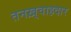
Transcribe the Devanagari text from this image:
तनख़्वाहदार